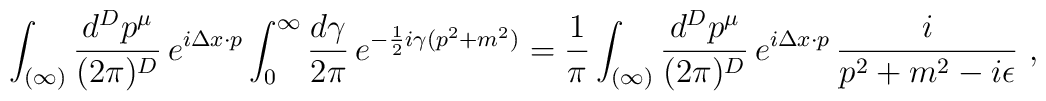
\int_{(\infty)}\frac{d^Dp^\mu}{(2\pi)^D}\,e^{i\Delta x\cdot p}\int_0^\infty\frac{d\gamma}{2\pi}\,e^{-\frac{1}{2}i\gamma(p^2+m^2)}=\frac{1}{\pi}\int_{(\infty)}\frac{d^Dp^\mu}{(2\pi)^D}\,e^{i\Delta x\cdot p}\,\frac{i}{p^2+m^2-i\epsilon}\ ,